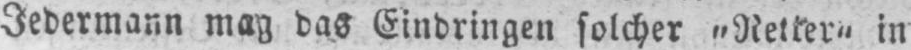
Jedermann mag das Eindringen solcher „Retter“ in